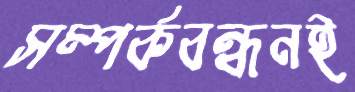
সম্পর্কবন্ধনই